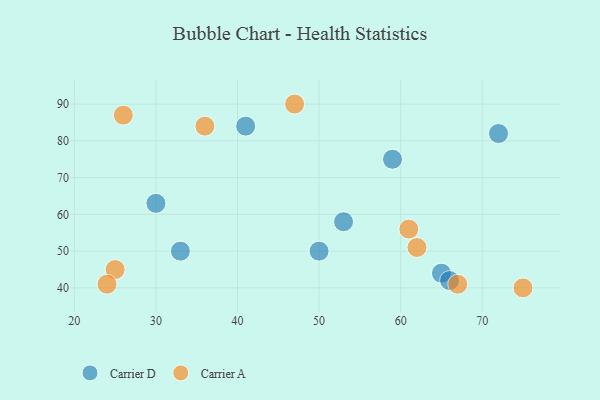
{"axis": {"x": "GDP", "y": "Life Expectancy"}, "legend": ["Carrier A", "Carrier D"], "data": [{"x": "65", "y": 44, "type": "Carrier D"}, {"x": "30", "y": 63, "type": "Carrier D"}, {"x": "53", "y": 58, "type": "Carrier D"}, {"x": "72", "y": 82, "type": "Carrier D"}, {"x": "41", "y": 84, "type": "Carrier D"}, {"x": "59", "y": 75, "type": "Carrier D"}, {"x": "33", "y": 50, "type": "Carrier D"}, {"x": "50", "y": 50, "type": "Carrier D"}, {"x": "66", "y": 42, "type": "Carrier D"}, {"x": "61", "y": 56, "type": "Carrier A"}, {"x": "25", "y": 45, "type": "Carrier A"}, {"x": "67", "y": 41, "type": "Carrier A"}, {"x": "75", "y": 40, "type": "Carrier A"}, {"x": "47", "y": 90, "type": "Carrier A"}, {"x": "26", "y": 87, "type": "Carrier A"}, {"x": "36", "y": 84, "type": "Carrier A"}, {"x": "62", "y": 51, "type": "Carrier A"}, {"x": "24", "y": 41, "type": "Carrier A"}]}